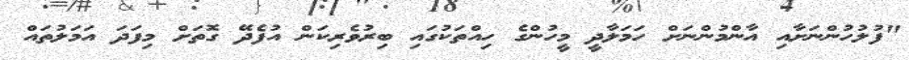
"ފުލުހުންނަށާއި އާންމުންނަށް ހަމަލާދީ މީހުންގެ ހިއްތަކުގައި ބިރުވެރިކަން އުފެދޭ ގޮތަށް މިފަދަ އަމަލުތައް